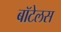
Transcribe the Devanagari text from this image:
बॉटेलस